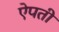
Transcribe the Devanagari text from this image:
ऐपती